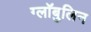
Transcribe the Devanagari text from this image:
ग्लॉबुलिन